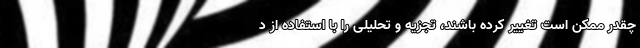
چقدر ممکن است تغییر کرده باشند، تجزیه و تحلیلی را با استفاده از د